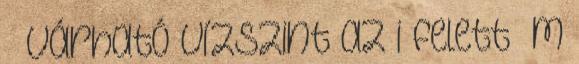
Várható vízszint az i felett m